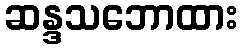
ဆန္ဒသဘောထား